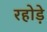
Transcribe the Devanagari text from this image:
रहोड़े